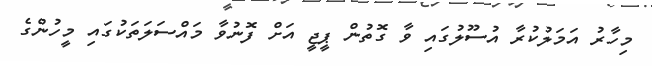
މިހާރު އަމަލުކުރާ އުސޫލުގައި ވާ ގޮތުން ޕީޖީ އަށް ފޮނުވާ މައްސަލަތަކުގައި މީހުންގެ